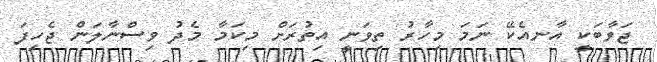
ޖަވާބަކީ އާނއެކޭ ނަމަ މިހާރު ތިވަނީ އިތުރަށް މިކަމާ މެދު ވިސްނާލަން ޖެހިފަ